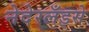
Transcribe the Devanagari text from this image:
नेदेरलँड्से